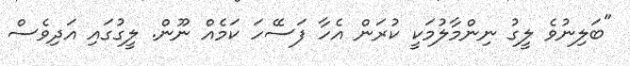
"ބަލިނުވެ ލީގު ނިންމާލުމަކީ ކުރަން އެހާ ފަސޭހަ ކަމެއް ނޫން. ލީގުގައި އަދިވެސް